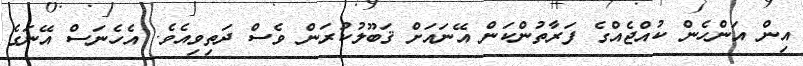
އިން އަންހެން ކުއްޖެއްގެ ފަރާތުންކަން އޭނައަށް ޤަބޫލުކުރަން ވެސް ދަތިވިއެވެ. އެހެނަސް އޭނަގެ